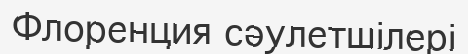
Флоренция сәулетшілері